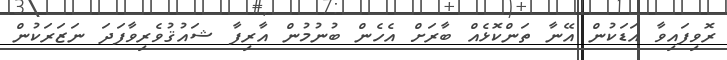
ރޮވިފައިވާ އަޑަކުން އޭނާ ތަންކޮޅެއް ބާރަށް އެހެން ބުނުމުން އާރިފާ ޝައުޤުވެރިވާފަދަ ނަޒަރަކުން